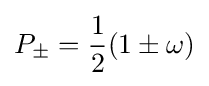
P_{\pm }={\frac {1}{2}}(1\pm \omega )